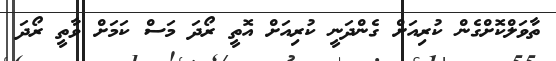
ތާވަލްކޮށްގެން ކުރިއަށް ގެންދަނީ ކުރިއަށް އޮތީ ރޯދަ މަސް ކަމަަށް ވާތީ ރޯދަ